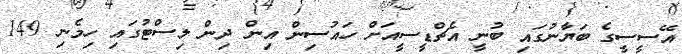
އޭސީސީގެ ބަޔާނުގައި ބުނީ އެޗްޑީސީއަށް ހައުސިން އިން ދިން ލިސްޓުގައި ހިމެނި 149